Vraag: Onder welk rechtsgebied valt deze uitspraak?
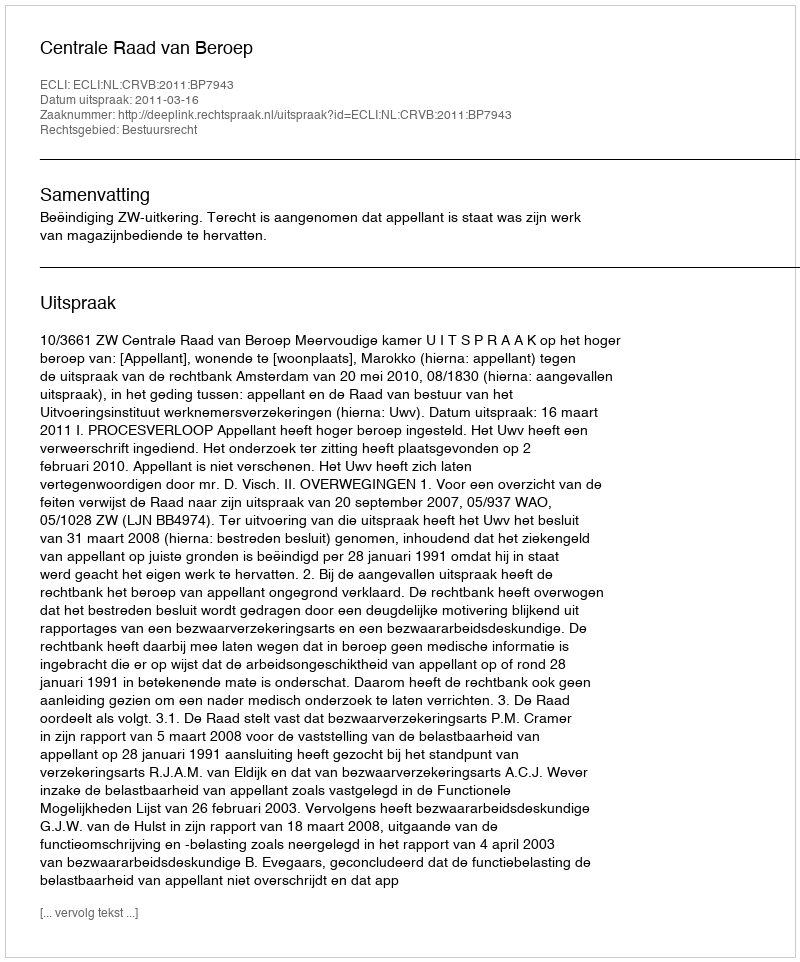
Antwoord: Bestuursrecht